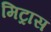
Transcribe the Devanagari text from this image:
मिट्रास